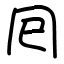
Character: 囘